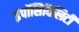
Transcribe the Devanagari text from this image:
इंपॉसिबिलिटी